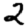
Digit: 2